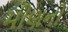
મીણનો